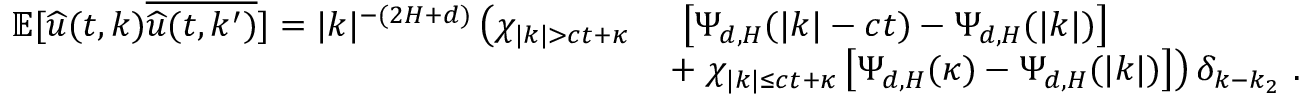
\begin{array} { r l } { \mathbb { E } [ \widehat { u } ( t , k ) \overline { { \widehat { u } ( t , k ^ { \prime } ) } } ] = | k | ^ { - ( 2 H + d ) } \left( \chi _ { | k | > c t + \kappa } \right. } & { \ \left[ \Psi _ { d , H } ( | k | - c t ) - \Psi _ { d , H } ( | k | ) \right] } \\ & { + \left. \chi _ { | k | \leq c t + \kappa } \left[ \Psi _ { d , H } ( \kappa ) - \Psi _ { d , H } ( | k | ) \right] \right) \delta _ { k - k _ { 2 } } \ . } \end{array}